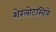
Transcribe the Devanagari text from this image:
शेरलोटस्विले